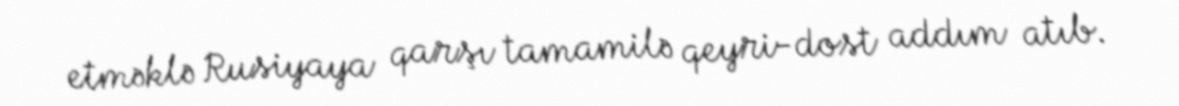
etməklə Rusiyaya qarşı tamamilə qeyri-dost addım atıb.